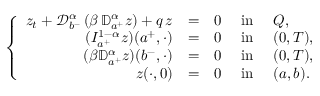
\left\{ \begin{array} { r l l l l l l l l l } { z _ { t } + \displaystyle { \mathcal D } _ { b ^ { - } } ^ { \alpha } \, ( \beta \, { \mathbb D } _ { a ^ { + } } ^ { \alpha } z ) + q \, z } & { = } & { 0 } & { \mathrm { ~ i n ~ } } & { Q , } \\ { \displaystyle ( I _ { a ^ { + } } ^ { 1 - \alpha } z ) ( a ^ { + } , \cdot ) } & { = } & { 0 } & { \mathrm { ~ i n ~ } } & { ( 0 , T ) , } \\ { \displaystyle ( \beta { \mathbb D } _ { a ^ { + } } ^ { \alpha } z ) ( b ^ { - } , \cdot ) } & { = } & { 0 } & { \mathrm { ~ i n ~ } } & { ( 0 , T ) , } \\ { z ( \cdot , 0 ) } & { = } & { 0 } & { \mathrm { ~ i n ~ } } & { ( a , b ) . } \end{array} \right.